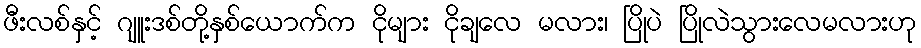
ဖီးလစ်နှင့် ဂျူးဒစ်တို့နှစ်ယောက်က ငိုများ ငိုချလေ မလား၊ ပြိုပဲ ပြိုလဲသွားလေမလားဟု